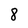
Character: 8